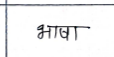
मजकूर: भाषा